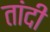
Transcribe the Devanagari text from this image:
तांदी